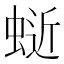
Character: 𫋅